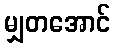
မျှတအောင်